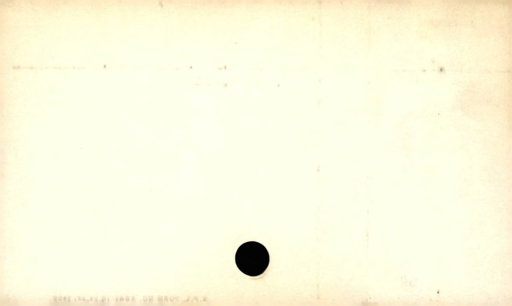
Label: blank